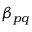
\beta _ { p q }